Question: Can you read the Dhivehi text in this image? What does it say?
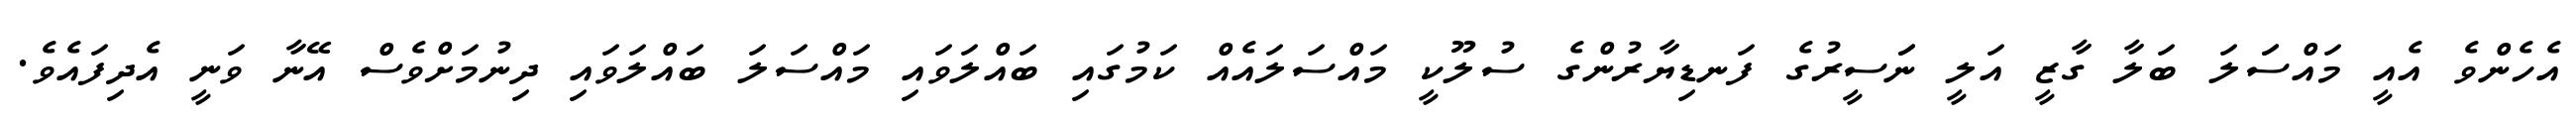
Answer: އެހެންވެ އެއީ މައްސަަލަ ބަލާ ގާޒީ އަލީ ނަަސީރުގެ ފަނޑިޔާރުންގެ ސުލޫކީ މައްސަލައެއް ކަމުގައި ބައްލަވައި މައްސަލަ ބައްލަވައި ދިނުމަށްވެސް އޭނާ ވަނީ އެދިފައެވެ.